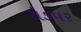
રોડપર